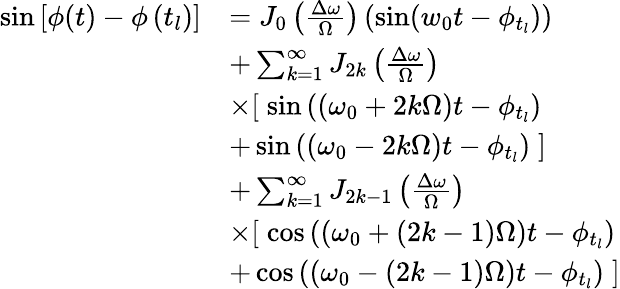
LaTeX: \begin{array}{rl}{\sin\left[\phi(t)-\phi\left(t_{l}\right)\right]}&{=J_{0}\left(\frac{\Delta\omega}{\Omega}\right)\left(\sin(w_{0}t-\phi_{t_{l}})\right)}\\ &{+\sum_{k=1}^{\infty}J_{2k}\left(\frac{\Delta\omega}{\Omega}\right)}\\ &{\times[\; \sin\left(\left(\omega_{0}+2k\Omega\right)t-\phi_{t_{l}}\right)}\\ &{+\sin\left(\left(\omega_{0}-2k\Omega\right)t-\phi_{t_{l}}\right)\; ]}\\ &{+\sum_{k=1}^{\infty}J_{2k-1}\left(\frac{\Delta\omega}{\Omega}\right)}\\ &{\times[\; \cos\left(\left(\omega_{0}+(2k-1)\Omega\right)t-\phi_{t_{l}}\right)}\\ &{+\cos\left(\left(\omega_{0}-(2k-1)\Omega\right)t-\phi_{t_{l}}\right)\; ]}\end{array}